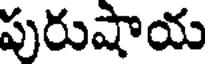
పురుషాయ